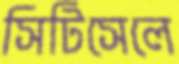
সিটিসেলে